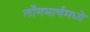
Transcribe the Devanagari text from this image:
लाँगमार्चमध्ये